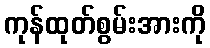
ကုန်ထုတ်စွမ်းအားကို